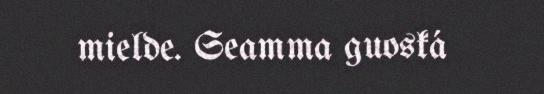
mielde. Seamma guoská